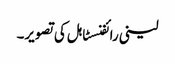
لینی رائفنسٹاہل کی تصویر۔